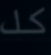
كل